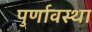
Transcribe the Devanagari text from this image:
पुर्णावस्था